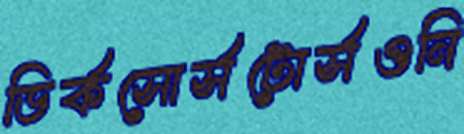
ডির্কসোর্সটোর্সওনি